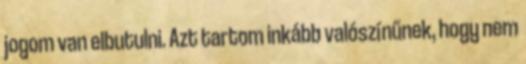
jogom van elbutulni. Azt tartom inkább valószínűnek, hogy nem